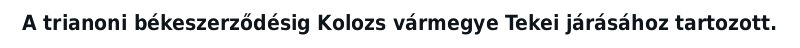
A trianoni békeszerződésig Kolozs vármegye Tekei járásához tartozott.